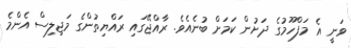
ވަނީ އެ މަފްހޫމުގެ ދަށުން ކަމަށް ބުނެއެވެ. ރާއްޖޭގައި ރައްޔިތުންގެ މަޖިލިސް އެންމެ